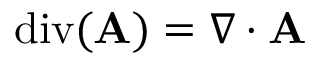
\operatorname { d i v } ( \mathbf { A } ) = \nabla \cdot \mathbf { A }